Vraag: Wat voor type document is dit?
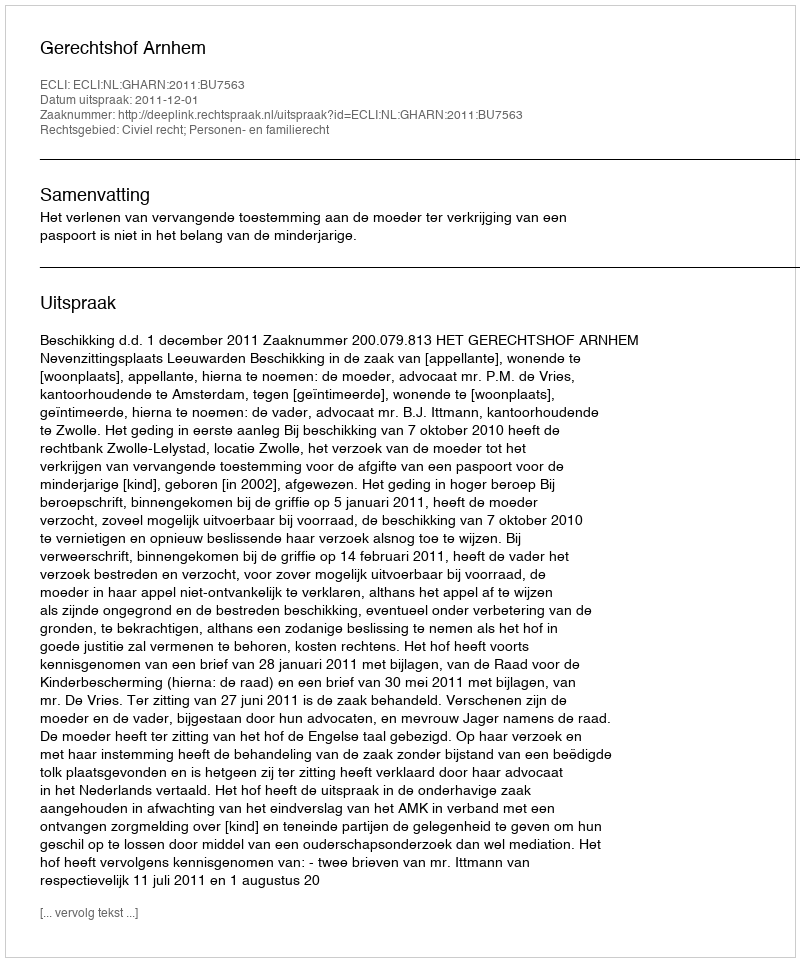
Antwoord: Uitspraak